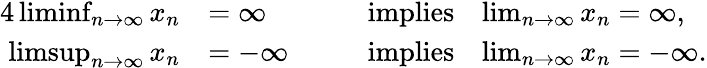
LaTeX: {\begin{array}{rlrl}{{4}\operatorname*{liminf}_{n\to\infty}x_{n}}&{=\infty}&&{\; \; {\mathrm{~implies~}}\; \; \operatorname*{lim}_{n\to\infty}x_{n}=\infty,}\\ {\operatorname*{limsup}_{n\to\infty}x_{n}}&{=-\infty}&&{\; \; {\mathrm{~implies~}}\; \; \operatorname*{lim}_{n\to\infty}x_{n}=-\infty.}\end{array}}